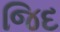
જિદ